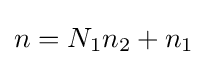
n=N_{1}n_{2}+n_{1}